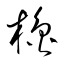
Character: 櫓